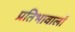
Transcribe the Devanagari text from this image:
प्रतिभावालों